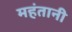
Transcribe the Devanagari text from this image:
महंतानी